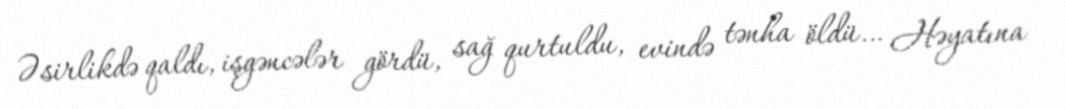
Əsirlikdə qaldı, işgəncələr gördü, sağ qurtuldu, evində tənha öldü… Həyatına